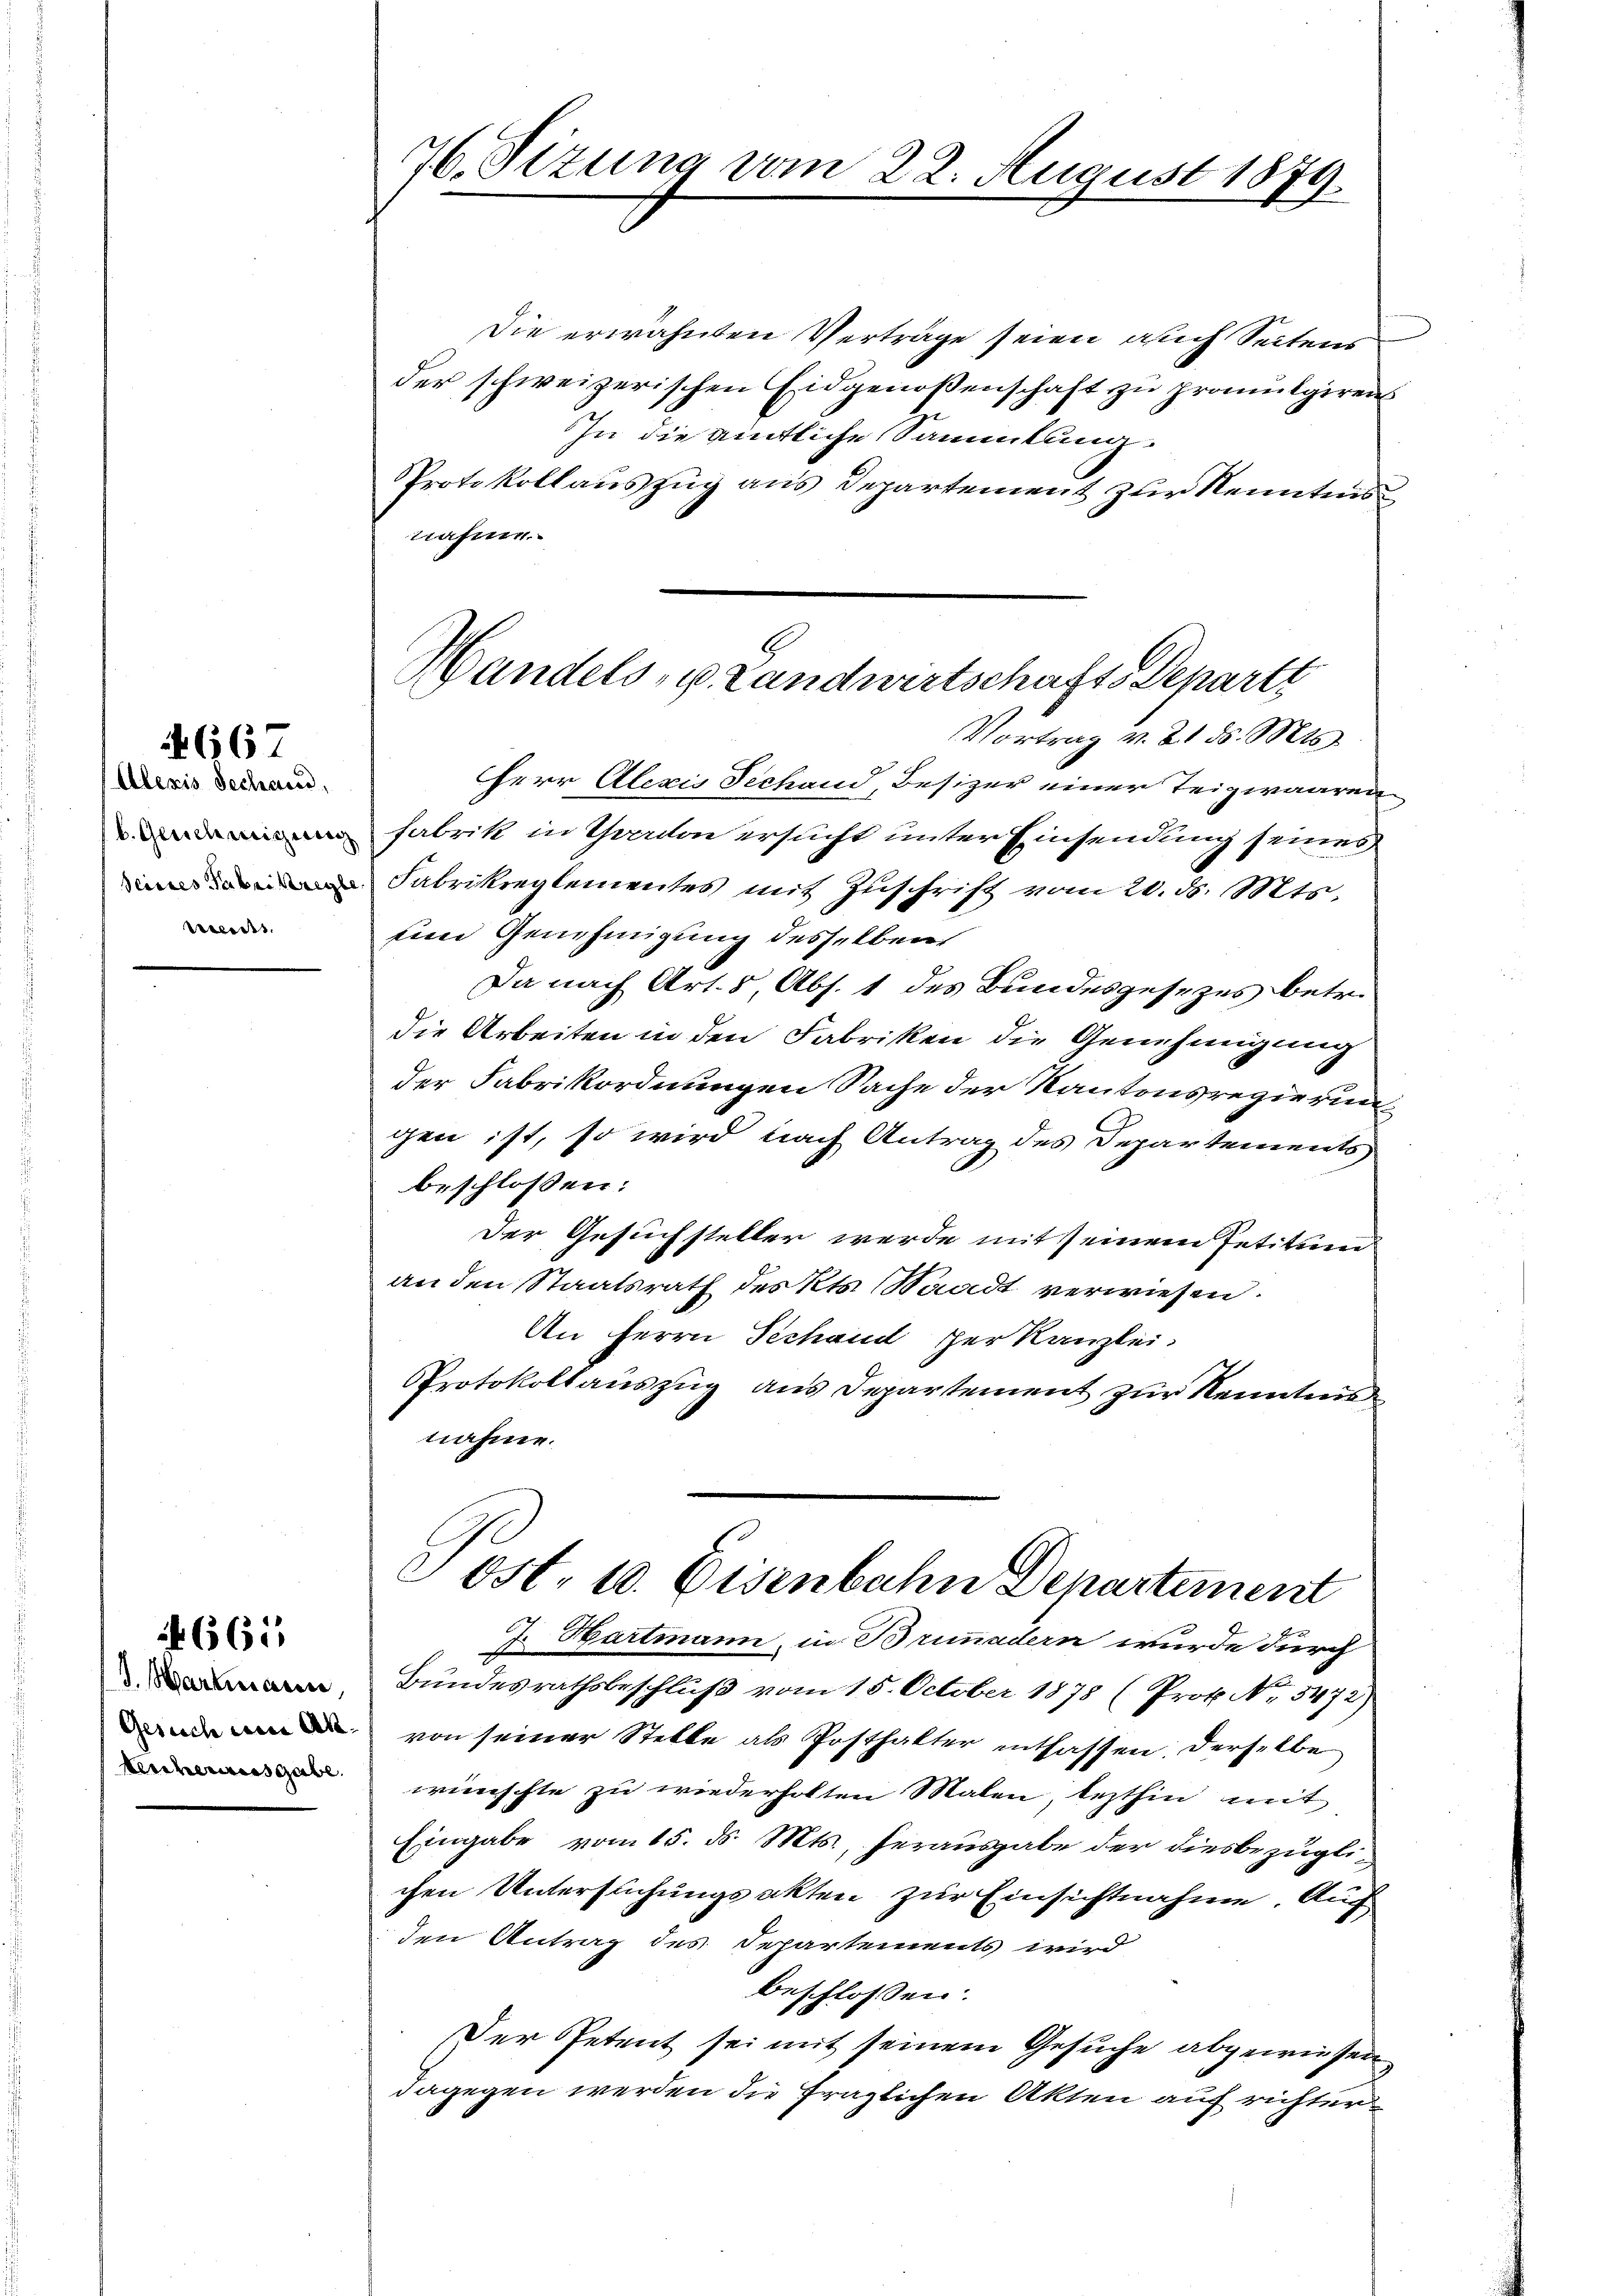
4667

Aleris Sechand,
(b. Gerich eigereg
Recess

665.

I. Hartmann,
Gesuch eine Ab-
teuherausgabe.

76. Sizung vom 22. August 1879.

Die erwähnten Verträge seien auch Seitens
der schweizerischen Eidgenoßenschaft zu promulgirens
In die amtliche Sammlung.
Protokollauszug aus Departement zur Kenntnistrafen
Herr Alexis Sechand, Besizer einer Teigwaaren-
Fabrik in Charten ersucht unter Einsendung seines
Fabrikreglementes mit Zuschrift vom 20. ds. Mts.
eine Genehmigung desselben
Da nach Art. 8 Abs. 1 des Bundesgesezes betr.
die Arbeiten in den Fabriken die Genehmigung
der Fabrikordnungen Sache der Kantonsregierung
gen ist, so wird nach Antrag des Departements
beschlossen:
Der Gesuchsteller werde mit seinem Petitum
an den Staatsrath des Kts. Staadt verwiesen.
An Herrn Sechand herkanzlei.
Protokollauszug aus Departement zur Kenntnis
nahme.

Handels- u Landwirtschafts Schartt
Vortrag v. 21. d. Mts.

cost. 10. Eisenbahn Departement

J. Hartmann, in Brimadern wurde durch
Bundesrathsbeschlŭβ vom 15. October 1878 (Prof. No. 5472)
von seiner Stelle als Posthalter entlassen. Derselbe
wünschte zu wiederholten Malen, lezthin mit
Eingabe vom 15. d. Mts., herausgabe der diesbezügli-
chen Untersuchungsakten zur Einsichtnahme. Auch
den Antrag des Departements wird
beschlossen:
Der Petent sei mit seinem Gesuche abgewiesen
dagegen werden die fraglichen Akten auf richter¬